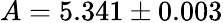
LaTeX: A=5.341\pm 0.003